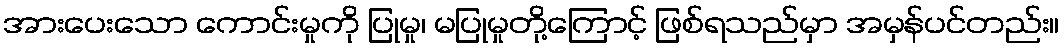
အားပေးသော ကောင်းမှုကို ပြုမှု၊ မပြုမှုတို့ကြောင့် ဖြစ်ရသည်မှာ အမှန်ပင်တည်း။